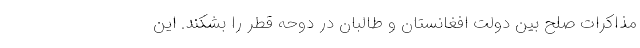
مذاکرات صلح بین دولت افغانستان و طالبان در دوحه قطر را بشکند. این